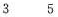
3 5